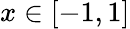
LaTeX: x\in[-1,1]